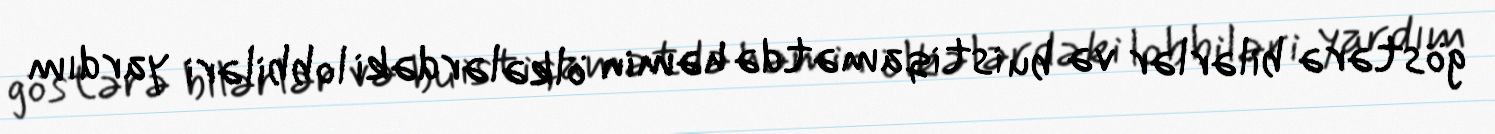
göstərə bilərlər və bu istiqamətdə həmin ölkələrdəki lobbiləri yardım